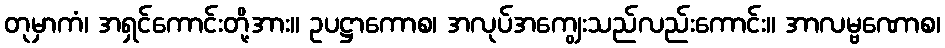
တုမှာကံ၊ အရှင်ကောင်းတို့အား။ ဥပဋ္ဌာကောစ၊ အလုပ်အကျွေးသည်လည်းကောင်း။ အာလမ္ဗဏောစ၊